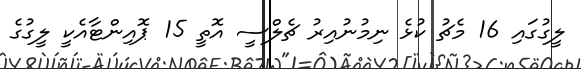
ލީގުގައި 16 މެޗު ކުޅެ ނިމުނުއިރު ޗެލްސީ އޮތީ 15 ޕޮއިންޓާއެކީ ލީގުގެ